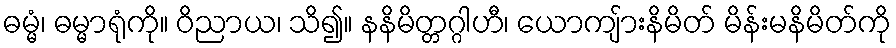
ဓမ္မံ၊ ဓမ္မာရုံကို။ ဝိညာယ၊ သိ၍။ နနိမိတ္တဂ္ဂါဟီ၊ ယောကျ်ားနိမိတ် မိန်းမနိမိတ်ကို